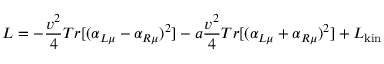
{ \cal L } = - \frac { v ^ { 2 } } { 4 } T r [ ( \alpha _ { L \mu } - \alpha _ { R \mu } ) ^ { 2 } ] - a \frac { v ^ { 2 } } { 4 } T r [ ( \alpha _ { L \mu } + \alpha _ { R \mu } ) ^ { 2 } ] + { \cal L } _ { \mathrm { k i n } }